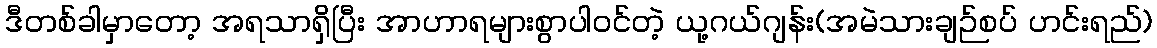
ဒီတစ်ခါမှာတော့ အရသာရှိပြီး အာဟာရများစွာပါဝင်တဲ့ ယု့ဂယ်ဂျန်း(အမဲသားချဉ်စပ် ဟင်းရည်)